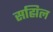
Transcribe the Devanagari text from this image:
सह्मिल